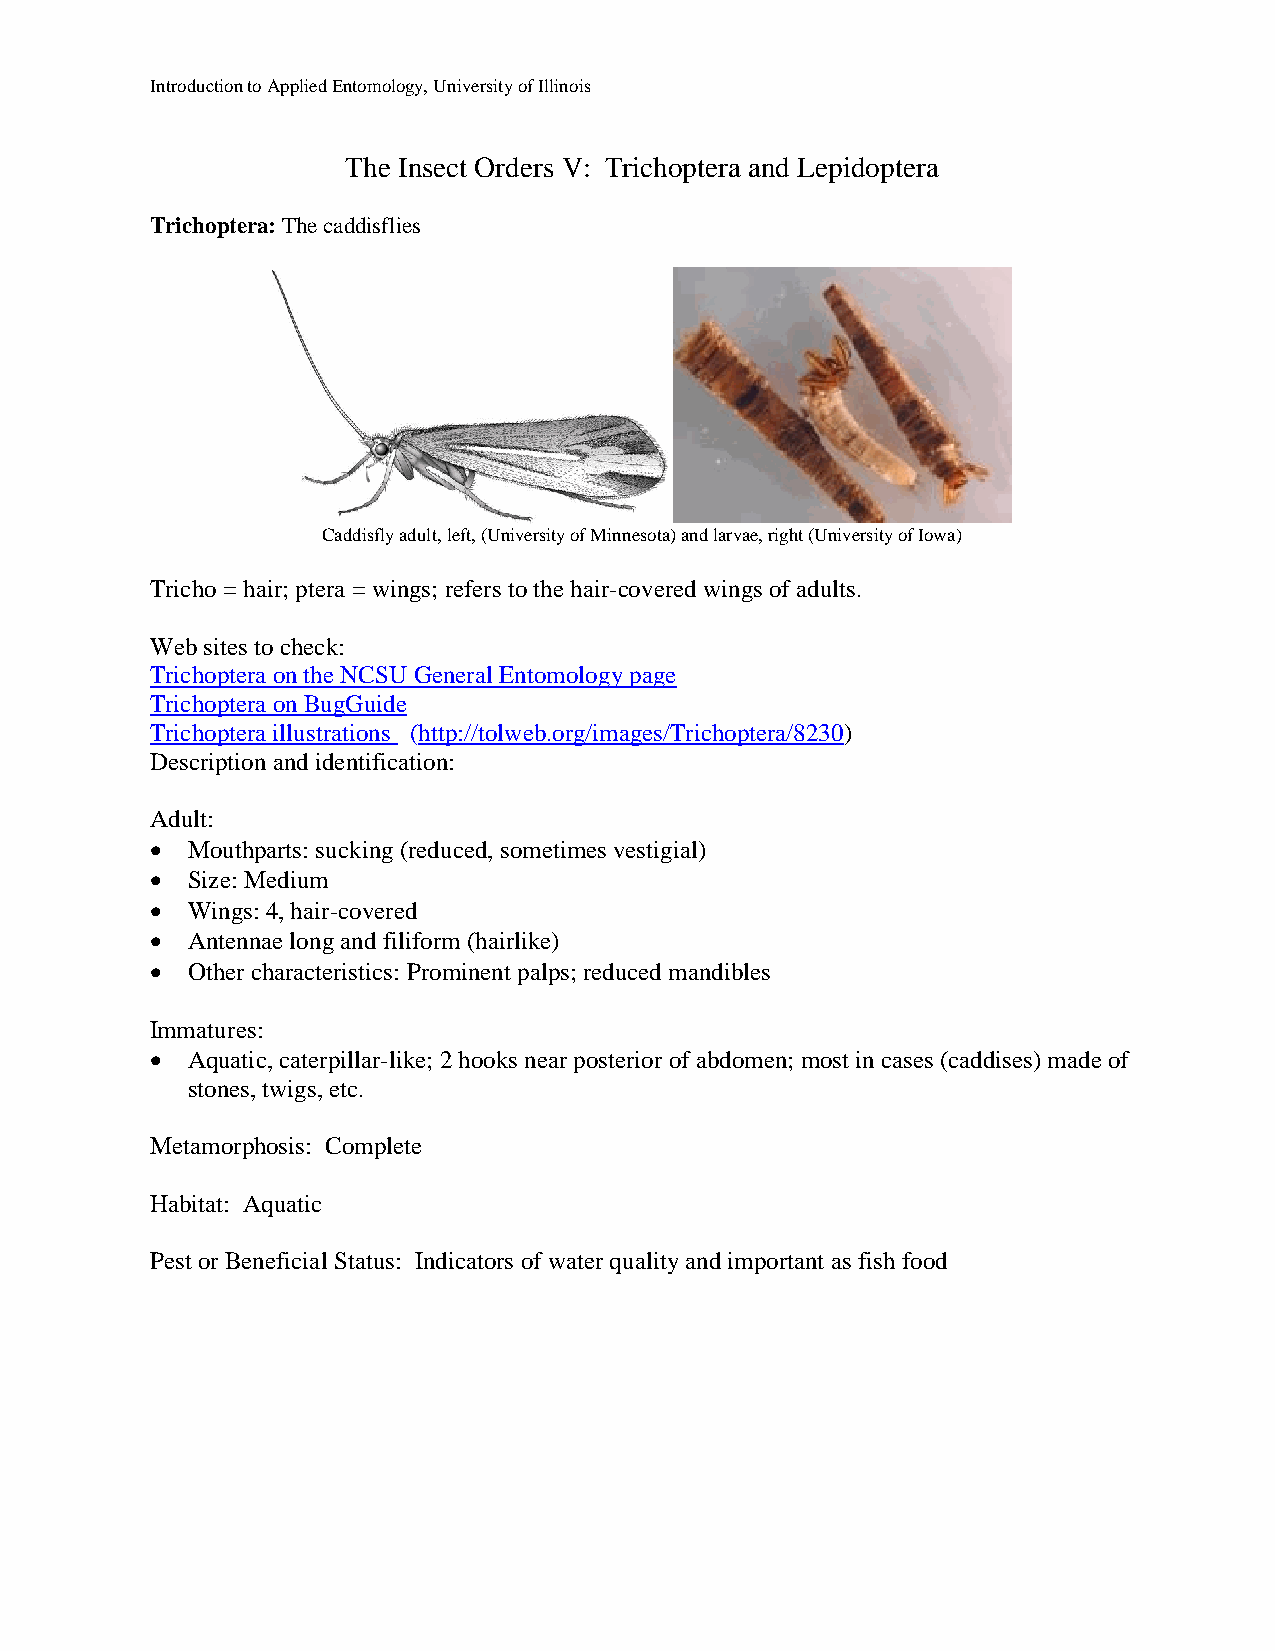
Introduction to Applied Entomology, University of Illinois
 The Insect Orders V: Trichoptera and Lepidoptera
 Trichoptera: The caddisflies
 Caddisfly adult, left, (University of Minnesota) and larvae, right (University of Iowa)
 Tricho = hair; ptera = wings; refers to the hair-covered wings of adults.
 Web sites to check:
 Trichoptera on the NCSU General Entomology page
 Trichoptera on BugGuide
 Trichoptera illustrations (http://tolweb.org/images/Trichoptera/8230)
 Description and identification:
 Adult:
  Mouthparts: sucking (reduced, sometimes vestigial)
  Size: Medium
  Wings: 4, hair-covered
  Antennae long and filiform (hairlike)
  Other characteristics: Prominent palps; reduced mandibles
 Immatures:
  Aquatic, caterpillar-like; 2 hooks near posterior of abdomen; most in cases (caddises) made of
 stones, twigs, etc.
 Metamorphosis: Complete
 Habitat: Aquatic
 Pest or Beneficial Status: Indicators of water quality and important as fish food